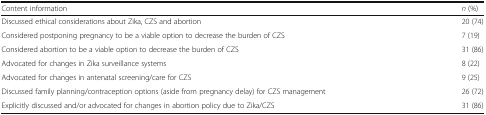
| Content information | n (%) |
 | --- | --- |
 | Discussed ethical considerations about Zika, CZS and abortion | 20 (74) |
 | Considered postponing pregnancy to be a viable option to decrease the burden of CZS | 7 (19) |
 | Considered abortion to be a viable option to decrease the burden of CZS | 31 (86) |
 | Advocated for changes in Zika surveillance systems | 8 (22) |
 | Advocated for changes in antenatal screening/care for CZS | 9 (25) |
 | Discussed family planning/contraception options (aside from pregnancy delay) for CZS management | 26 (72) |
 | Explicitly discussed and/or advocated for changes in abortion policy due to Zika/CZS | 31 (86) |